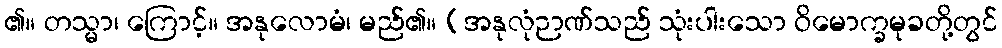
၏။ တသ္မာ၊ ကြောင့်။ အနုလောမံ၊ မည်၏။ (အနုလုံဉာဏ်သည် သုံးပါးသော ဝိမောက္ခမုခတို့တွင်